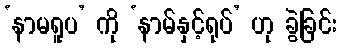
‘နာမရူပ’ ကို ‘နာမ်နှင့်ရုပ်’ ဟု ခွဲခြင်း